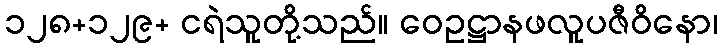
၁၂၈+၁၂၉+ ငရဲသူတို့သည်။ ဝေဥဋ္ဌာနဖလူပဇီဝိနော၊